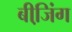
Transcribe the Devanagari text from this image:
बीजि़ंग